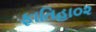
ફાતિહા૦૨